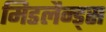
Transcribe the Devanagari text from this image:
मिडलैन्ड्स